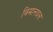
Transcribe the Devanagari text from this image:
विमानदल